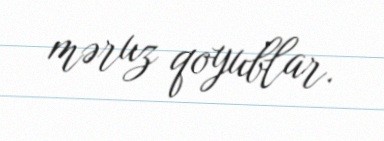
məruz qoyublar.